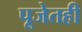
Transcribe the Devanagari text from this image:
पूजेतही